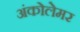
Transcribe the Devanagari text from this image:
अंकोलेमर